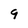
Character: 9